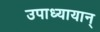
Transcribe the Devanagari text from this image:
उपाध्यायान्‌